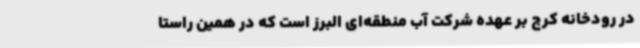
در رودخانه کرج بر عهده شرکت آب منطقه‌ای البرز است که در همین راستا